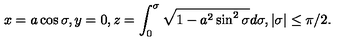
x = a \cos \sigma , y = 0 , z = \int _ { 0 } ^ { \sigma } \sqrt { 1 - a ^ { 2 } \sin ^ { 2 } \sigma } d \sigma , | \sigma | \le \pi / 2 .